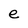
Character: e